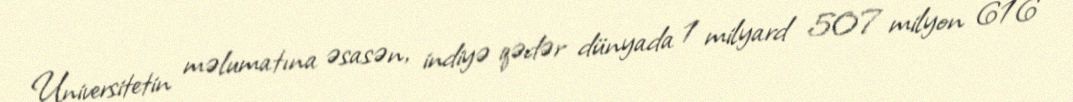
Universitetin məlumatına əsasən, indiyə qədər dünyada 1 milyard 507 milyon 616